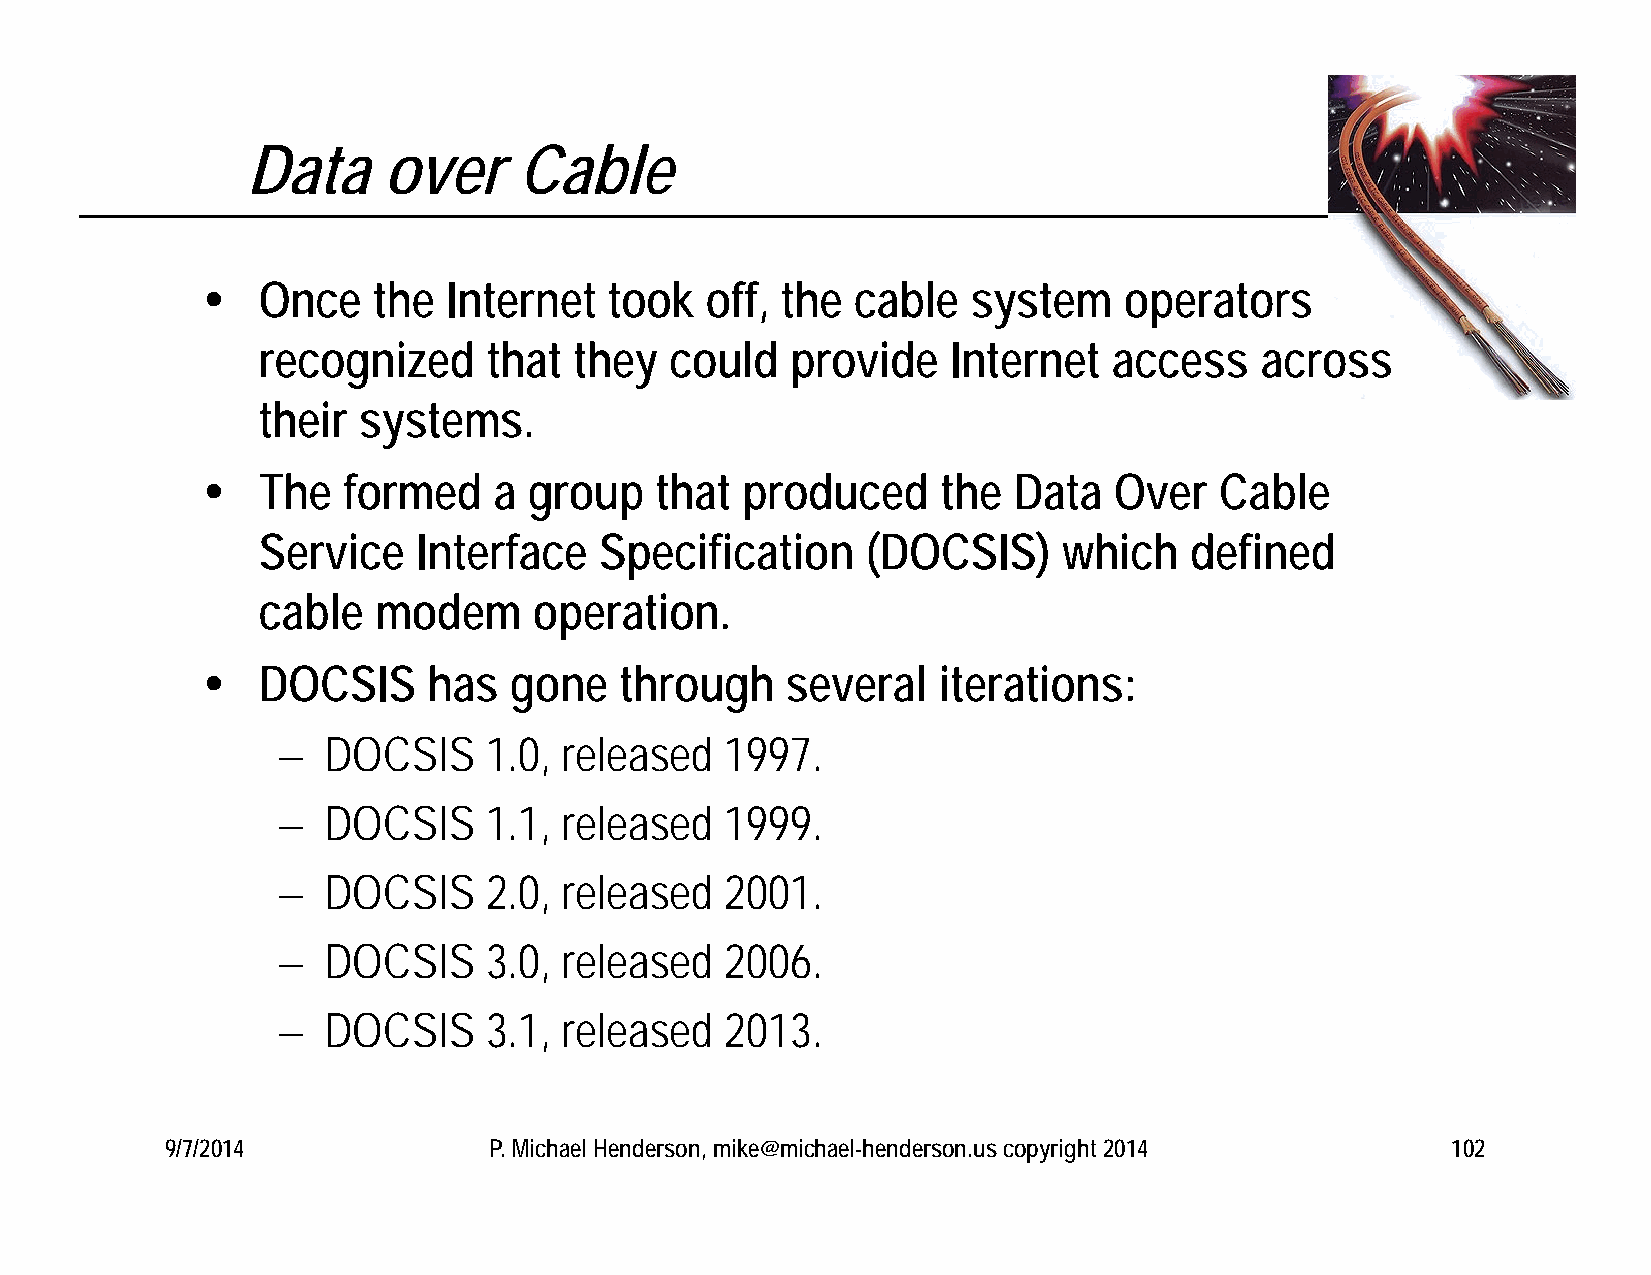
Data     over     Cable
    Once    the  Internet  took   off, the  cable  system    operators
 recognized     that  they  could   provide    Internet   access   across
 their  systems.
    The   formed    a group   that  produced     the  Data   Over   Cable
 Service    Interface   Specification    (DOCSIS)     which    defined
 cable   modem     operation.
    DOCSIS     has   gone   through    several   iterations:
   DOCSIS     1.0, released   1997.
   DOCSIS     1.1, released   1999.
   DOCSIS     2.0, released   2001.
   DOCSIS     3.0, released   2006.
   DOCSIS     3.1, released   2013.
 9/7/2014             P. Michael Henderson, mike@michael-henderson.us copyright 2014  102